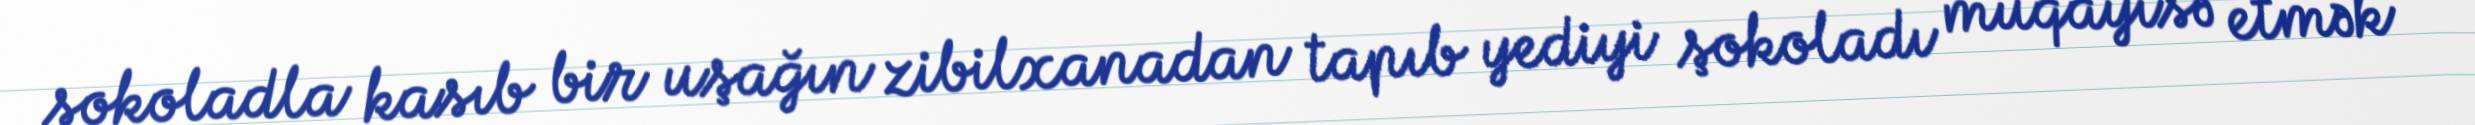
şokoladla kasıb bir uşağın zibilxanadan tapıb yediyi şokoladı müqayisə etmək